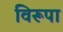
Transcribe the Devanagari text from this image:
विरूपा